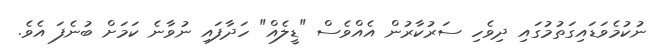
ނުކުމެވަޑައިގަތުމުގައި ދިވެހި ސަރުކާރުން އެއްވެސް "ޑީލެއް" ހަދާފައި ނުވާނެ ކަމަށް ބުނެފަ އެވެ.